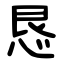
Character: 恳